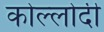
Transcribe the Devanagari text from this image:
कोल्लोदी